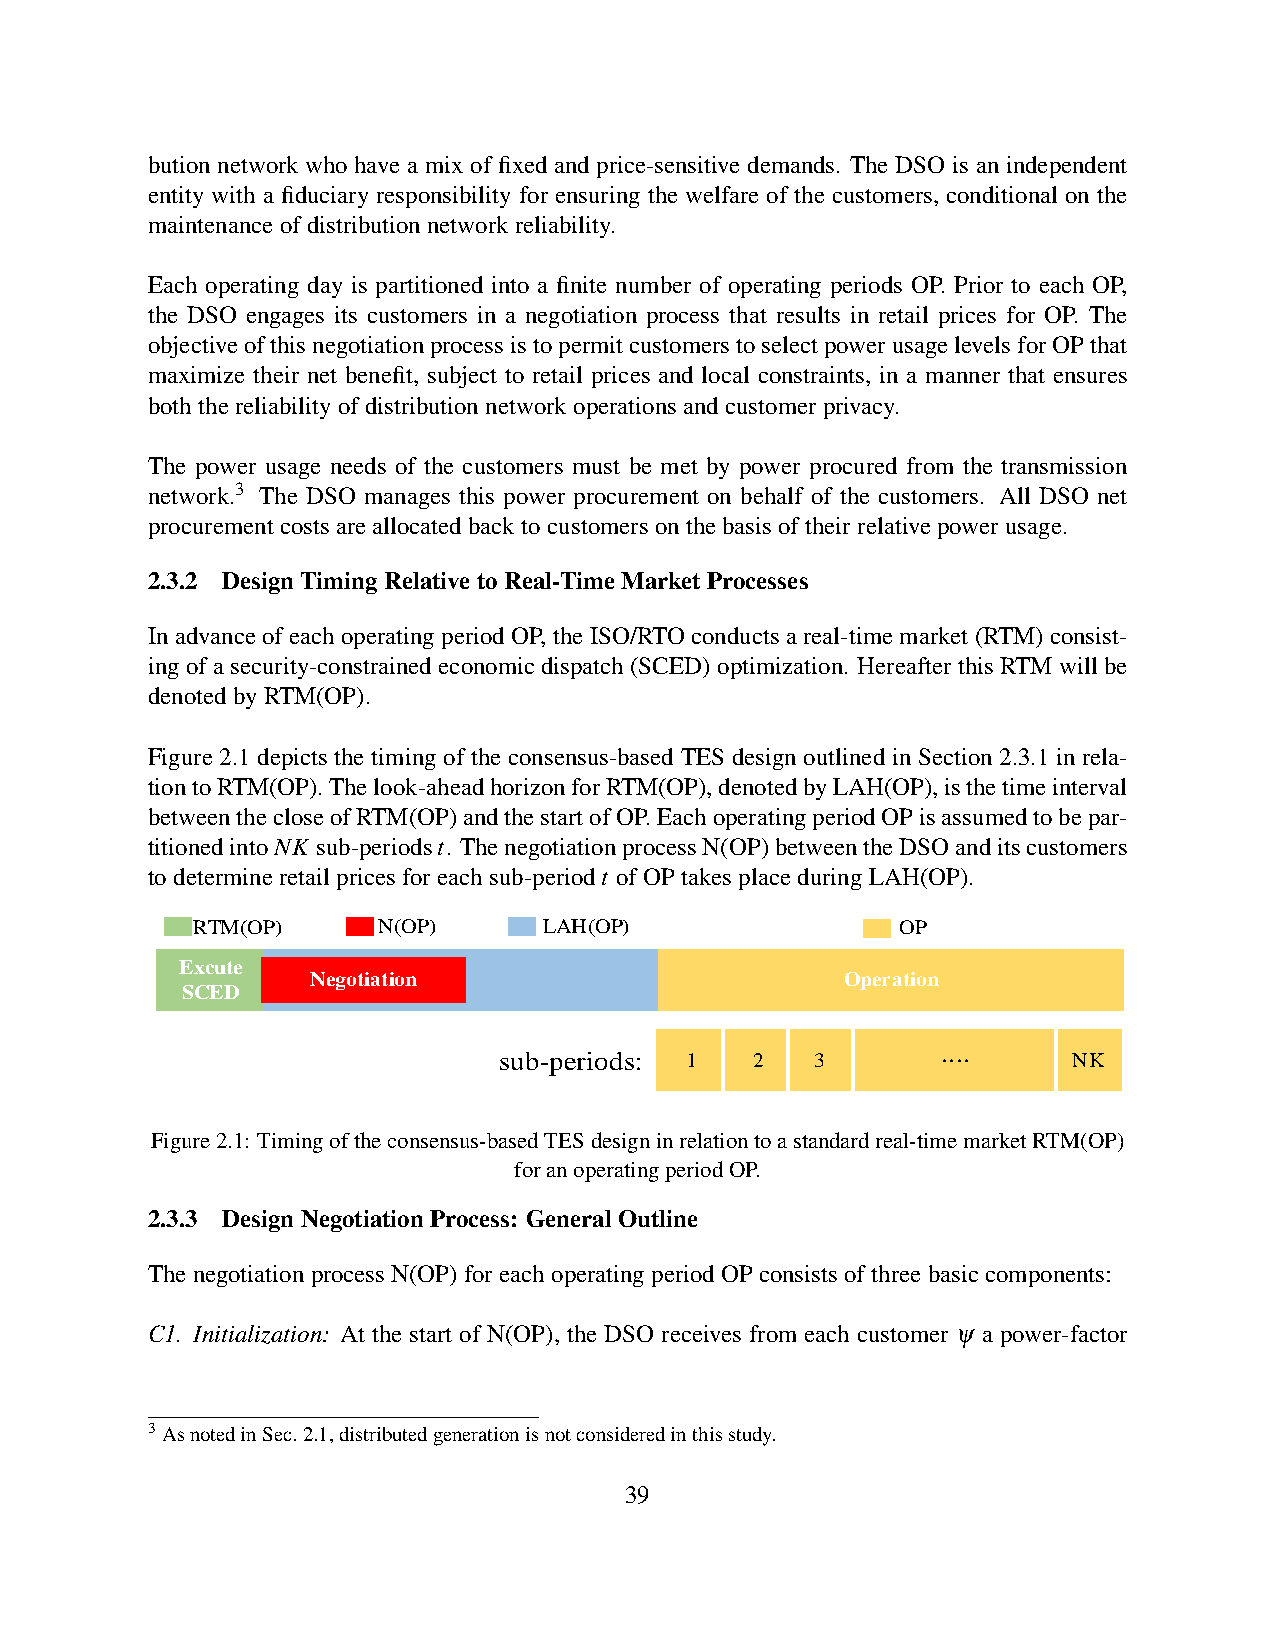
bution network who have a mix of fixed and price-sensitive demands. The DSO is an independent
 entity with a fiduciary responsibility for ensuring the welfare of the customers, conditional on the
 maintenanceofdistributionnetworkreliability.
 Each operating day is partitioned into a finite number of operating periods OP. Prior to each OP,
 the DSO engages its customers in a negotiation process that results in retail prices for OP. The
 objectiveofthisnegotiationprocessistopermitcustomerstoselectpowerusagelevelsforOPthat
 maximize their net benefit, subject to retail prices and local constraints, in a manner that ensures
 boththereliabilityofdistributionnetworkoperationsandcustomerprivacy.
 The power usage needs of the customers must be met by power procured from the transmission
 network.3 The DSO manages this power procurement on behalf of the customers. All DSO net
 procurementcostsareallocatedbacktocustomersonthebasisoftheirrelativepowerusage.
 2.3.2 DesignTimingRelativetoReal-TimeMarketProcesses
 In advance of each operating period OP, the ISO/RTO conducts a real-time market (RTM) consist-
 ing of a security-constrained economic dispatch (SCED) optimization. Hereafter this RTM will be
 denotedbyRTM(OP).
 Figure 2.1 depicts the timing of the consensus-based TES design outlined in Section 2.3.1 in rela-
 tiontoRTM(OP).Thelook-aheadhorizonforRTM(OP),denotedbyLAH(OP),isthetimeinterval
 betweenthecloseofRTM(OP)andthestartofOP.EachoperatingperiodOPisassumedtobepar-
 titionedintoNK sub-periodst. ThenegotiationprocessN(OP)betweentheDSOanditscustomers
 todetermineretailpricesforeachsub-periodt ofOPtakesplaceduringLAH(OP).
 RTM(OP)     N(OP)      LAH(OP)                 OP
 Excute
 Negotiation                        Operation
 SCED
 ....
 sub-periods: 1   2   3                NK
 Figure2.1: Timingoftheconsensus-basedTESdesigninrelationtoastandardreal-timemarketRTM(OP)
 foranoperatingperiodOP.
 2.3.3 DesignNegotiationProcess: GeneralOutline
 ThenegotiationprocessN(OP)foreachoperatingperiodOPconsistsofthreebasiccomponents:
 C1. Initialization: At the start of N(OP), the DSO receives from each customer ψ a power-factor
 3AsnotedinSec.2.1,distributedgenerationisnotconsideredinthisstudy.
 39